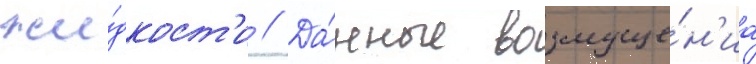
жи́дкост'и // Да́нные возмуще́н'иа